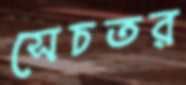
সেচতর